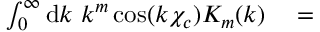
\begin{array} { r l } { \int _ { 0 } ^ { \infty } \mathrm { d } k \ k ^ { m } \cos ( k \chi _ { c } ) K _ { m } ( k ) } & { { } = } \end{array}